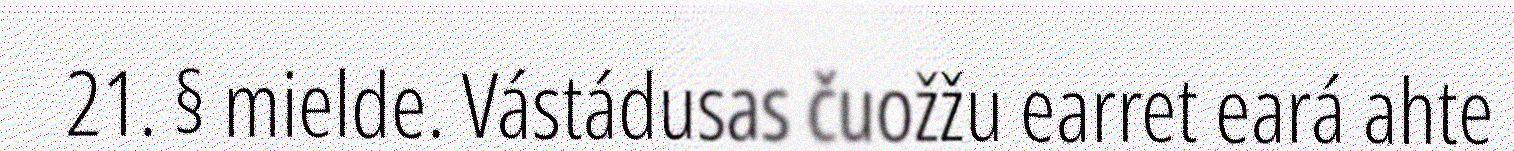
21. § mielde. Vástádusas čuožžu earret eará ahte